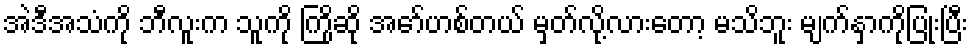
အဲဒီအသံကို ဘီလူးက သူကို ကြိုဆို အော်ဟစ်တယ် မှတ်လို့လားတော့ မသိဘူး မျက်နှာကိုပြုံးပြီး